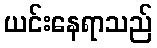
ယင်းနေရာသည်